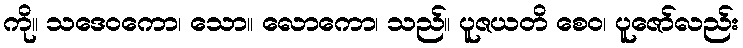
ကို။ သဒေဝကော၊ သော။ လောကော၊ သည်။ ပူဇယတိ စေဝ၊ ပူဇော်လည်း